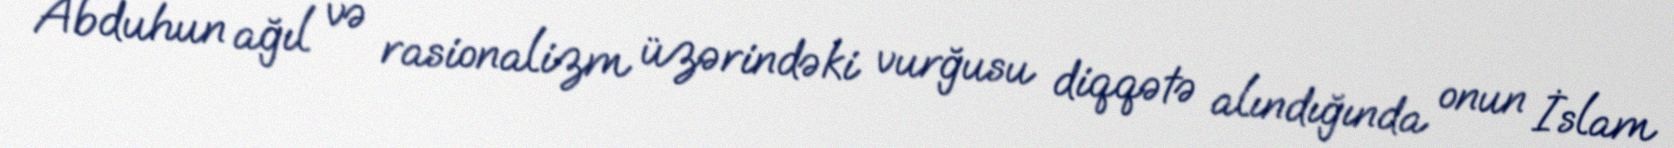
Abduhun ağıl və rasionalizm üzərindəki vurğusu diqqətə alındığında onun İslam